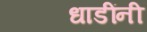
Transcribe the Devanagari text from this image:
धाडींनी